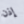
إذن